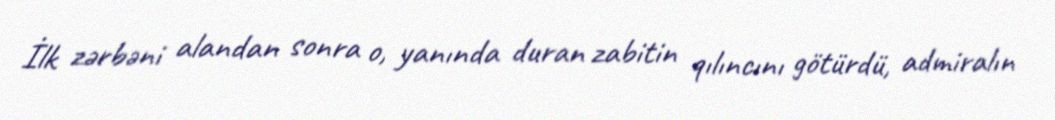
İlk zərbəni alandan sonra o, yanında duran zabitin qılıncını götürdü, admiralın